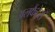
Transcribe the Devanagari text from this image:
अलकैंटेरा